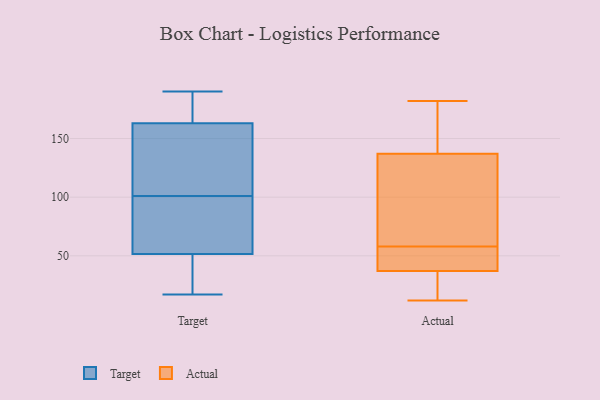
{"axis": {"x": "Net Income (USD K)", "y": "Value"}, "legend": ["Actual", "Target"], "data": [{"x": "", "y": 114, "type": "Target"}, {"x": "", "y": 98, "type": "Target"}, {"x": "", "y": 71, "type": "Target"}, {"x": "", "y": 104, "type": "Target"}, {"x": "", "y": 166, "type": "Target"}, {"x": "", "y": 34, "type": "Target"}, {"x": "", "y": 64, "type": "Target"}, {"x": "", "y": 183, "type": "Target"}, {"x": "", "y": 146, "type": "Target"}, {"x": "", "y": 170, "type": "Target"}, {"x": "", "y": 51, "type": "Target"}, {"x": "", "y": 160, "type": "Target"}, {"x": "", "y": 167, "type": "Target"}, {"x": "", "y": 52, "type": "Target"}, {"x": "", "y": 70, "type": "Target"}, {"x": "", "y": 190, "type": "Target"}, {"x": "", "y": 19, "type": "Target"}, {"x": "", "y": 17, "type": "Target"}, {"x": "", "y": 40, "type": "Target"}, {"x": "", "y": 141, "type": "Target"}, {"x": "", "y": 169, "type": "Actual"}, {"x": "", "y": 57, "type": "Actual"}, {"x": "", "y": 132, "type": "Actual"}, {"x": "", "y": 146, "type": "Actual"}, {"x": "", "y": 38, "type": "Actual"}, {"x": "", "y": 59, "type": "Actual"}, {"x": "", "y": 50, "type": "Actual"}, {"x": "", "y": 182, "type": "Actual"}, {"x": "", "y": 12, "type": "Actual"}, {"x": "", "y": 108, "type": "Actual"}, {"x": "", "y": 36, "type": "Actual"}, {"x": "", "y": 52, "type": "Actual"}, {"x": "", "y": 29, "type": "Actual"}, {"x": "", "y": 142, "type": "Actual"}, {"x": "", "y": 94, "type": "Actual"}, {"x": "", "y": 18, "type": "Actual"}]}